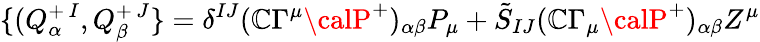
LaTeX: \{ (Q_{\alpha}^{+\, I},Q_{\beta}^{+\, J}\} =\delta^{IJ}(\mathbb{C}\Gamma^{\mu}{\calP}^{+})_{\alpha\beta}P_{\mu}+\tilde{{S}}_{IJ}(\mathbb{C}\Gamma_{\mu}{\calP}^{+})_{\alpha\beta}Z^{\mu}